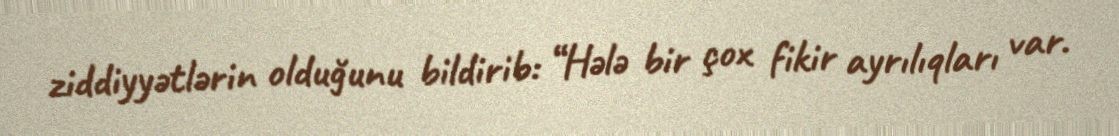
ziddiyyətlərin olduğunu bildirib: “Hələ bir çox fikir ayrılıqları var.